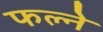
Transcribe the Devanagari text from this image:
फल्ने